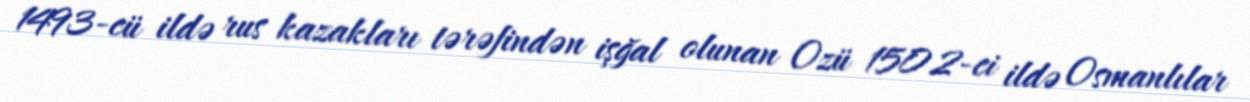
1493-cü ildə rus kazakları tərəfindən işğal olunan Ozü 1502-ci ildə Osmanlılar